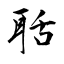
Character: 聒